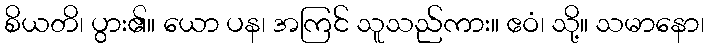
စိယတိ၊ ပွား၏။ ယော ပန၊ အကြင် သူသည်ကား။ ဧဝံ၊ သို့။ သမာနော၊